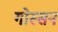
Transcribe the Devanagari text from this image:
गोस्सन